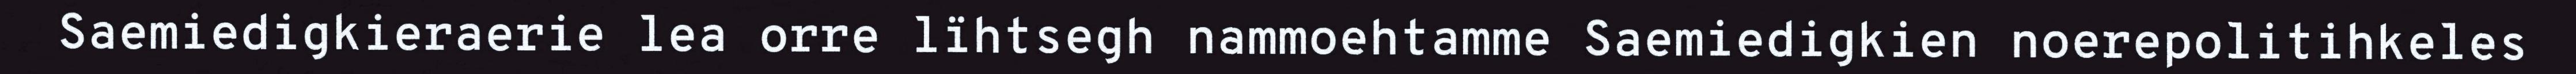
Saemiedigkieraerie lea orre lïhtsegh nammoehtamme Saemiedigkien noerepolitihkeles